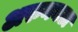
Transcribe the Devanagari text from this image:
अरुनघटा